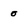
Character: 0